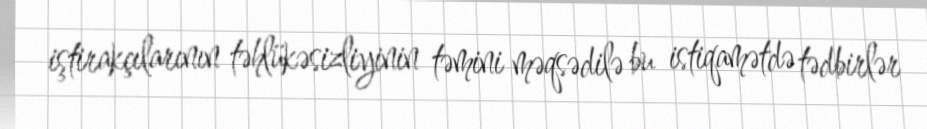
iştirakçılarının təhlükəsizliyinin təmini məqsədilə bu istiqamətdə tədbirlər